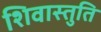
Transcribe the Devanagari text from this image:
शिवास्तुति